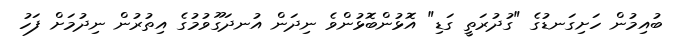
ބުއިމުން ހަށިގަނޑުގެ "ގުދުރަތީ ގަޑި" އޮޅުންބޮޅުންވެ ނިދަން އުނދަގޫވުމުގެ އިތުރުން ނިދުމަށް ފަހު